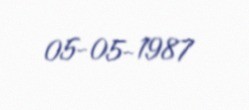
05-05-1987